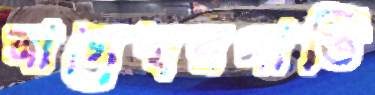
নাগেশ্বরগাতি